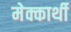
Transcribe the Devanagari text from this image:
मेक्कार्थी